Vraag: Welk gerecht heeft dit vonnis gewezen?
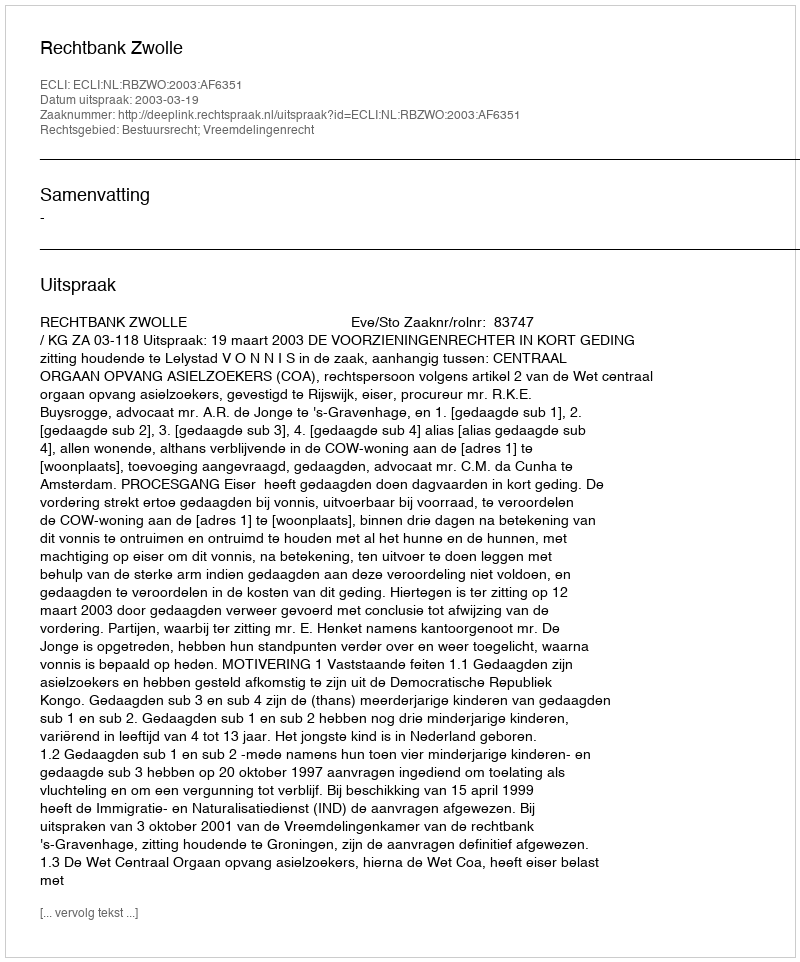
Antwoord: Rechtbank Zwolle